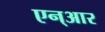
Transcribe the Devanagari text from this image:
एन्‌आर